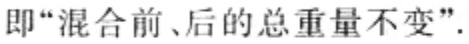
即“混合前、后的总重量不变”.